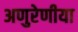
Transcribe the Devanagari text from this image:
अणुरेणीया